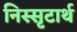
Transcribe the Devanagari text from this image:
निस्सृटार्थ